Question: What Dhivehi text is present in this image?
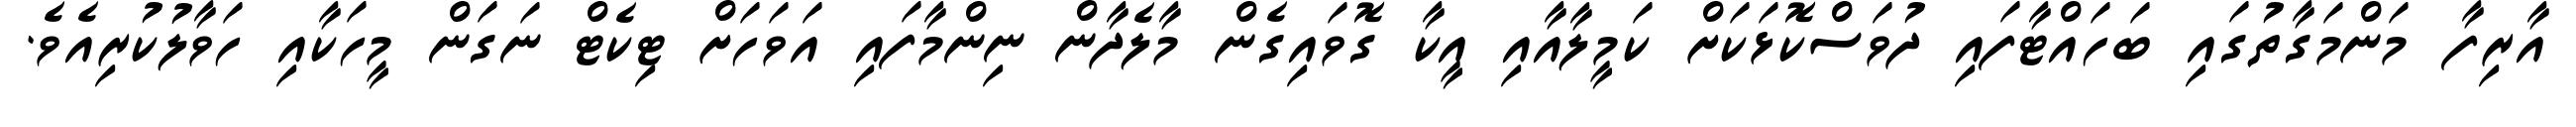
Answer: އާރިފާ މަންމަގާތުގައި ބަހައްޓާފައި ދުވަސްކޮޅަކަށް ކަމީލާއާއި އީކާ ގޮވައިގެން މާލެދާން ނިންމާފައި އަވަހަށް ޓިކެޓް ނަގަން މީހަކާއި ހަވާލުކުރިއެވެ.